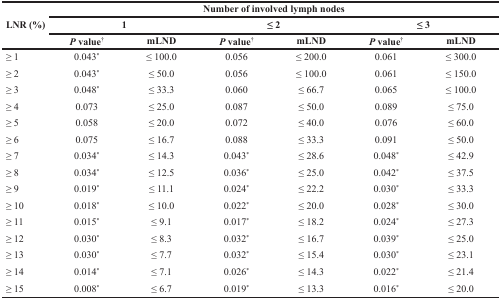
<table><thead><tr><td rowspan="3"><b>LNR (%)</b></td><td colspan="6"><b>Number of involved lymph nodes</b></td></tr><tr><td colspan="2"><b>1</b></td><td colspan="2"><b>≤ 2</b></td><td colspan="2"><b>≤ 3</b></td></tr><tr><td><b><i>P</i> value<sup>†</sup></b></td><td><b>mLND</b></td><td><b><i>P</i> value<sup>†</sup></b></td><td><b>mLND</b></td><td><b><i>P</i> value<sup>†</sup></b></td><td><b>mLND</b></td></tr></thead><tbody><tr><td>≥ 1</td><td>0.043<sup>*</sup></td><td>≤ 100.0</td><td>0.056</td><td>≤ 200.0</td><td>0.061</td><td>≤ 300.0</td></tr><tr><td>≥ 2</td><td>0.043<sup>*</sup></td><td>≤ 50.0</td><td>0.056</td><td>≤ 100.0</td><td>0.061</td><td>≤ 150.0</td></tr><tr><td>≥ 3</td><td>0.048<sup>*</sup></td><td>≤ 33.3</td><td>0.060</td><td>≤ 66.7</td><td>0.065</td><td>≤ 100.0</td></tr><tr><td>≥ 4</td><td>0.073</td><td>≤ 25.0</td><td>0.087</td><td>≤ 50.0</td><td>0.089</td><td>≤ 75.0</td></tr><tr><td>≥ 5</td><td>0.058</td><td>≤ 20.0</td><td>0.072</td><td>≤ 40.0</td><td>0.076</td><td>≤ 60.0</td></tr><tr><td>≥ 6</td><td>0.075</td><td>≤ 16.7</td><td>0.088</td><td>≤ 33.3</td><td>0.091</td><td>≤ 50.0</td></tr><tr><td>≥ 7</td><td>0.034<sup>*</sup></td><td>≤ 14.3</td><td>0.043<sup>*</sup></td><td>≤ 28.6</td><td>0.048<sup>*</sup></td><td>≤ 42.9</td></tr><tr><td>≥ 8</td><td>0.034<sup>*</sup></td><td>≤ 12.5</td><td>0.036<sup>*</sup></td><td>≤ 25.0</td><td>0.042<sup>*</sup></td><td>≤ 37.5</td></tr><tr><td>≥ 9</td><td>0.019<sup>*</sup></td><td>≤ 11.1</td><td>0.024<sup>*</sup></td><td>≤ 22.2</td><td>0.030<sup>*</sup></td><td>≤ 33.3</td></tr><tr><td>≥ 10</td><td>0.018<sup>*</sup></td><td>≤ 10.0</td><td>0.022<sup>*</sup></td><td>≤ 20.0</td><td>0.028<sup>*</sup></td><td>≤ 30.0</td></tr><tr><td>≥ 11</td><td>0.015<sup>*</sup></td><td>≤ 9.1</td><td>0.017<sup>*</sup></td><td>≤ 18.2</td><td>0.024<sup>*</sup></td><td>≤ 27.3</td></tr><tr><td>≥ 12</td><td>0.030<sup>*</sup></td><td>≤ 8.3</td><td>0.032<sup>*</sup></td><td>≤ 16.7</td><td>0.039<sup>*</sup></td><td>≤ 25.0</td></tr><tr><td>≥ 13</td><td>0.030<sup>*</sup></td><td>≤ 7.7</td><td>0.032<sup>*</sup></td><td>≤ 15.4</td><td>0.030<sup>*</sup></td><td>≤ 23.1</td></tr><tr><td>≥ 14</td><td>0.014<sup>*</sup></td><td>≤ 7.1</td><td>0.026<sup>*</sup></td><td>≤ 14.3</td><td>0.022<sup>*</sup></td><td>≤ 21.4</td></tr><tr><td>≥ 15</td><td>0.008<sup>*</sup></td><td>≤ 6.7</td><td>0.019<sup>*</sup></td><td>≤ 13.3</td><td>0.016<sup>*</sup></td><td>≤ 20.0</td></tr></tbody></table>